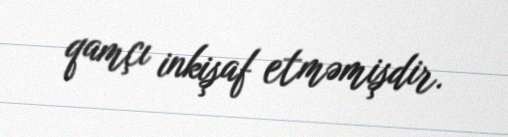
qamçı inkişaf etməmişdir.